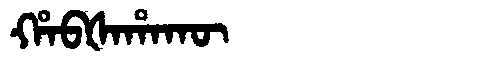
Manchu: ᡥᠠᠪᡧᠠᡥᠠᡴᡡ
Romanization: HABŠAHAKŪ